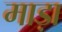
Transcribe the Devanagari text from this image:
माड़ा